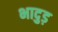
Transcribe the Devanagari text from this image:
भादुड़